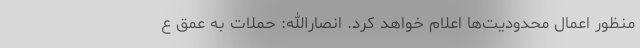
منظور اعمال محدودیت‌ها اعلام خواهد کرد. انصارالله: حملات به عمق ع